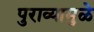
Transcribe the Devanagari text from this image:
पुराव्यामुळे